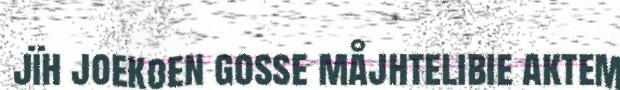
jïh joekoen gosse måjhtelibie aktem